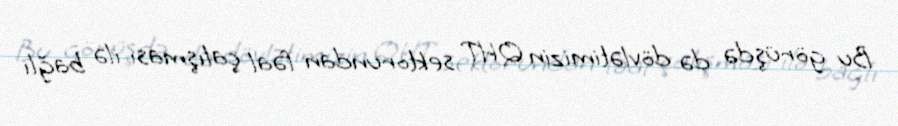
Bu görüşdə də dövlətimizin QHT sektorundan fəal çalışması ilə bağlı